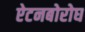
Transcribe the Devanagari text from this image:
ऐटनबोरोघ